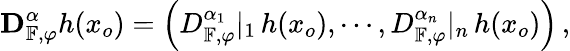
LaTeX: {\mathbf D}_{\mathbb{F},\varphi}^{\alpha}h(x_{o})=\left(D_{\mathbb{F},\varphi}^{\alpha_{1}}|_{1}\, h(x_{o}),\cdots,D_{\mathbb{F},\varphi}^{\alpha_{n}}|_{n}\, h(x_{o})\right)\, ,